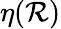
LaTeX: \eta(\mathcal{R})